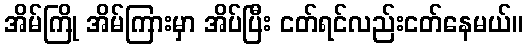
အိမ်ကြို အိမ်ကြားမှာ အိပ်ပြီး ငတ်ရင်လည်းငတ်နေမယ်။